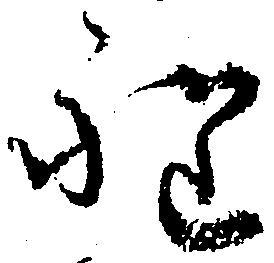
程